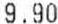
9.90